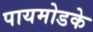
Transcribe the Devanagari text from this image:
पायमोडके